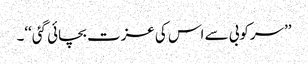
’’سرکوبی سے اس کی عزت بچائی گئی‘‘۔